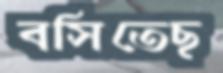
বসিতেছ